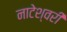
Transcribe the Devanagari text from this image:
नाटेश्वरी